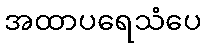
အထာပရေသံပေ